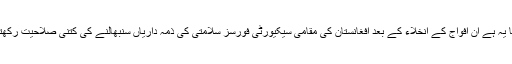
”دیکھنا یہ ہے ان افواج کے انخلاء کے بعد افغانستان کی مقامی سیکیورٹی فورسز سلامتی کی ذمہ داریاں سنبھالنے کی کتنی صلاحیت رکھتی ہیں۔